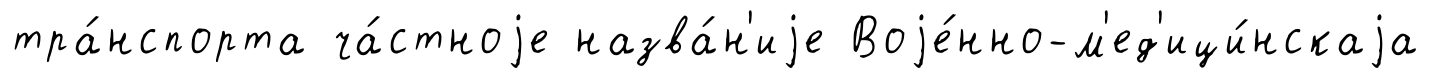
тра́нспорта ча́стноjе назва́н'иjе Воjе́нно-м'ед'ици́нскаjа